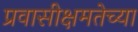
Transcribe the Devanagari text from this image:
प्रवासीक्षमतेच्या